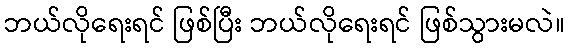
ဘယ်လိုရေးရင် ဖြစ်ပြီး ဘယ်လိုရေးရင် ဖြစ်သွားမလဲ။